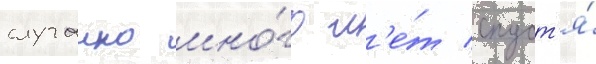
случаино мно́го л'е́т спуст'я́